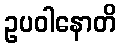
ဥပဝါနောတိ